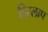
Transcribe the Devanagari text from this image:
हिस्लाप